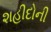
શહીદોની